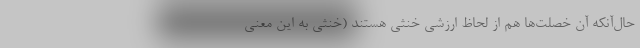
حال‌آنکه آن خصلت‌ها هم از لحاظ ارزشی خنثی هستند (خنثی به این معنی